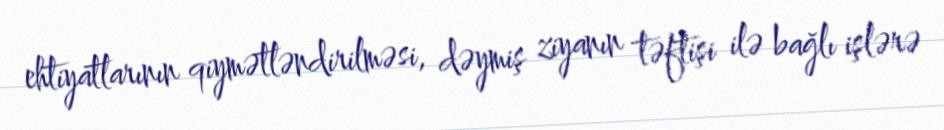
ehtiyatlarının qiymətləndirilməsi, dəymiş ziyanın təftişi ilə bağlı işlərə